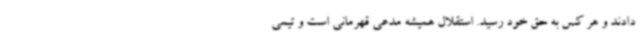
دادند و هر کس به حق خود رسید. استقلال همیشه مدعی قهرمانی است و تیمی